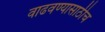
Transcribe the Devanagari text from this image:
वाढवण्यासाठीच